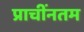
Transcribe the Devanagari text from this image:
प्राचींनतम